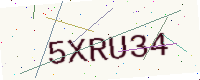
Text: 5XRU34